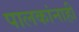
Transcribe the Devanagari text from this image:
पालकांनाही